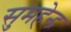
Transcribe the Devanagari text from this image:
सुमहेन्द्र